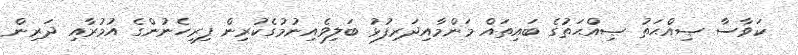
ކަވާސާ ޞިއްޙަތު ޞިއްޙަތުގެ ބައިތައް މަންމާއިދަރިފުޅު ބަލިވެއިނުމުގެކުރިން ފިރިހެނުންގެ އުމުރާއި ދަރިން